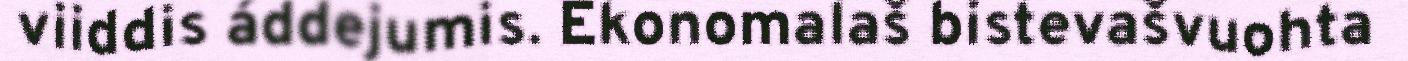
viiddis áddejumis. Ekonomalaš bistevašvuohta